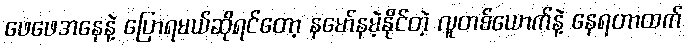
ဖေဖေအနေနဲ့ ပြောရမယ်ဆိုရင်တော့ နမော်နမဲ့နိုင်တဲ့ လူတစ်ယောက်နဲ့ နေရတာထက်